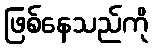
ဖြစ်နေသည်ကို